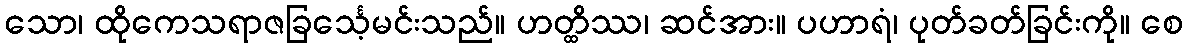
သော၊ ထိုကေသရာဇခြင်္သေ့မင်းသည်။ ဟတ္ထိဿ၊ ဆင်အား။ ပဟာရံ၊ ပုတ်ခတ်ခြင်းကို။ စေ